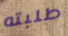
طلبته